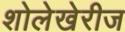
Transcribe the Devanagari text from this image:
शोलेखेरीज